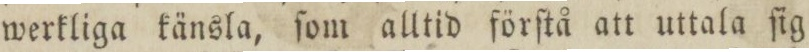
werkliga känsla, ſom alltid förſtå att uttala ſig